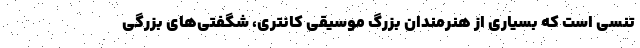
تنسی است که بسیاری از هنرمندان بزرگ موسیقی کانتری، شگفتی‌های بزرگی